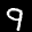
Label: 9